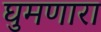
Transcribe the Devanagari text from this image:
घुमणारा